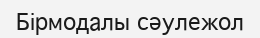
Бірмодалы сәулежол